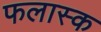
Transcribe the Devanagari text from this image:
फलास्क